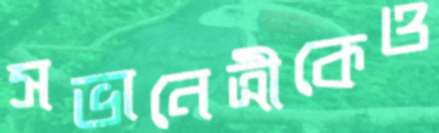
সভানেত্রীকেও